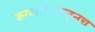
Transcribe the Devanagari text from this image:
रुग्णालयातूनच